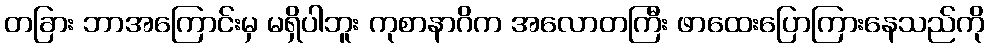
တခြား ဘာအကြောင်းမှ မရှိပါဘူး ကုစာနာဂိက အလောတကြီး ဖာထေးပြောကြားနေသည်ကို